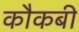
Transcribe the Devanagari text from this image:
कौकबी